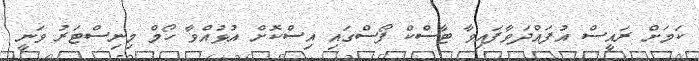
ކަމަށް ރައީސް އުފައްދަވާފައިވާ ޓާސްކް ފޯސްގައި އިސްކޮށް އުޅުއްވާ ހޯމް މިނިސްޓަރު ވަނީ